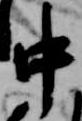
中